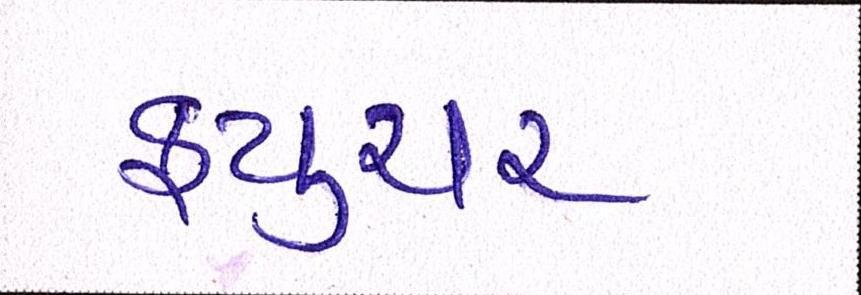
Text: ફ્યુચર